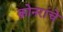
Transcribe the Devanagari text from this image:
क्रोनरांचे